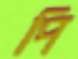
পি